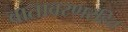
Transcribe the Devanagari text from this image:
वातावरणरहित